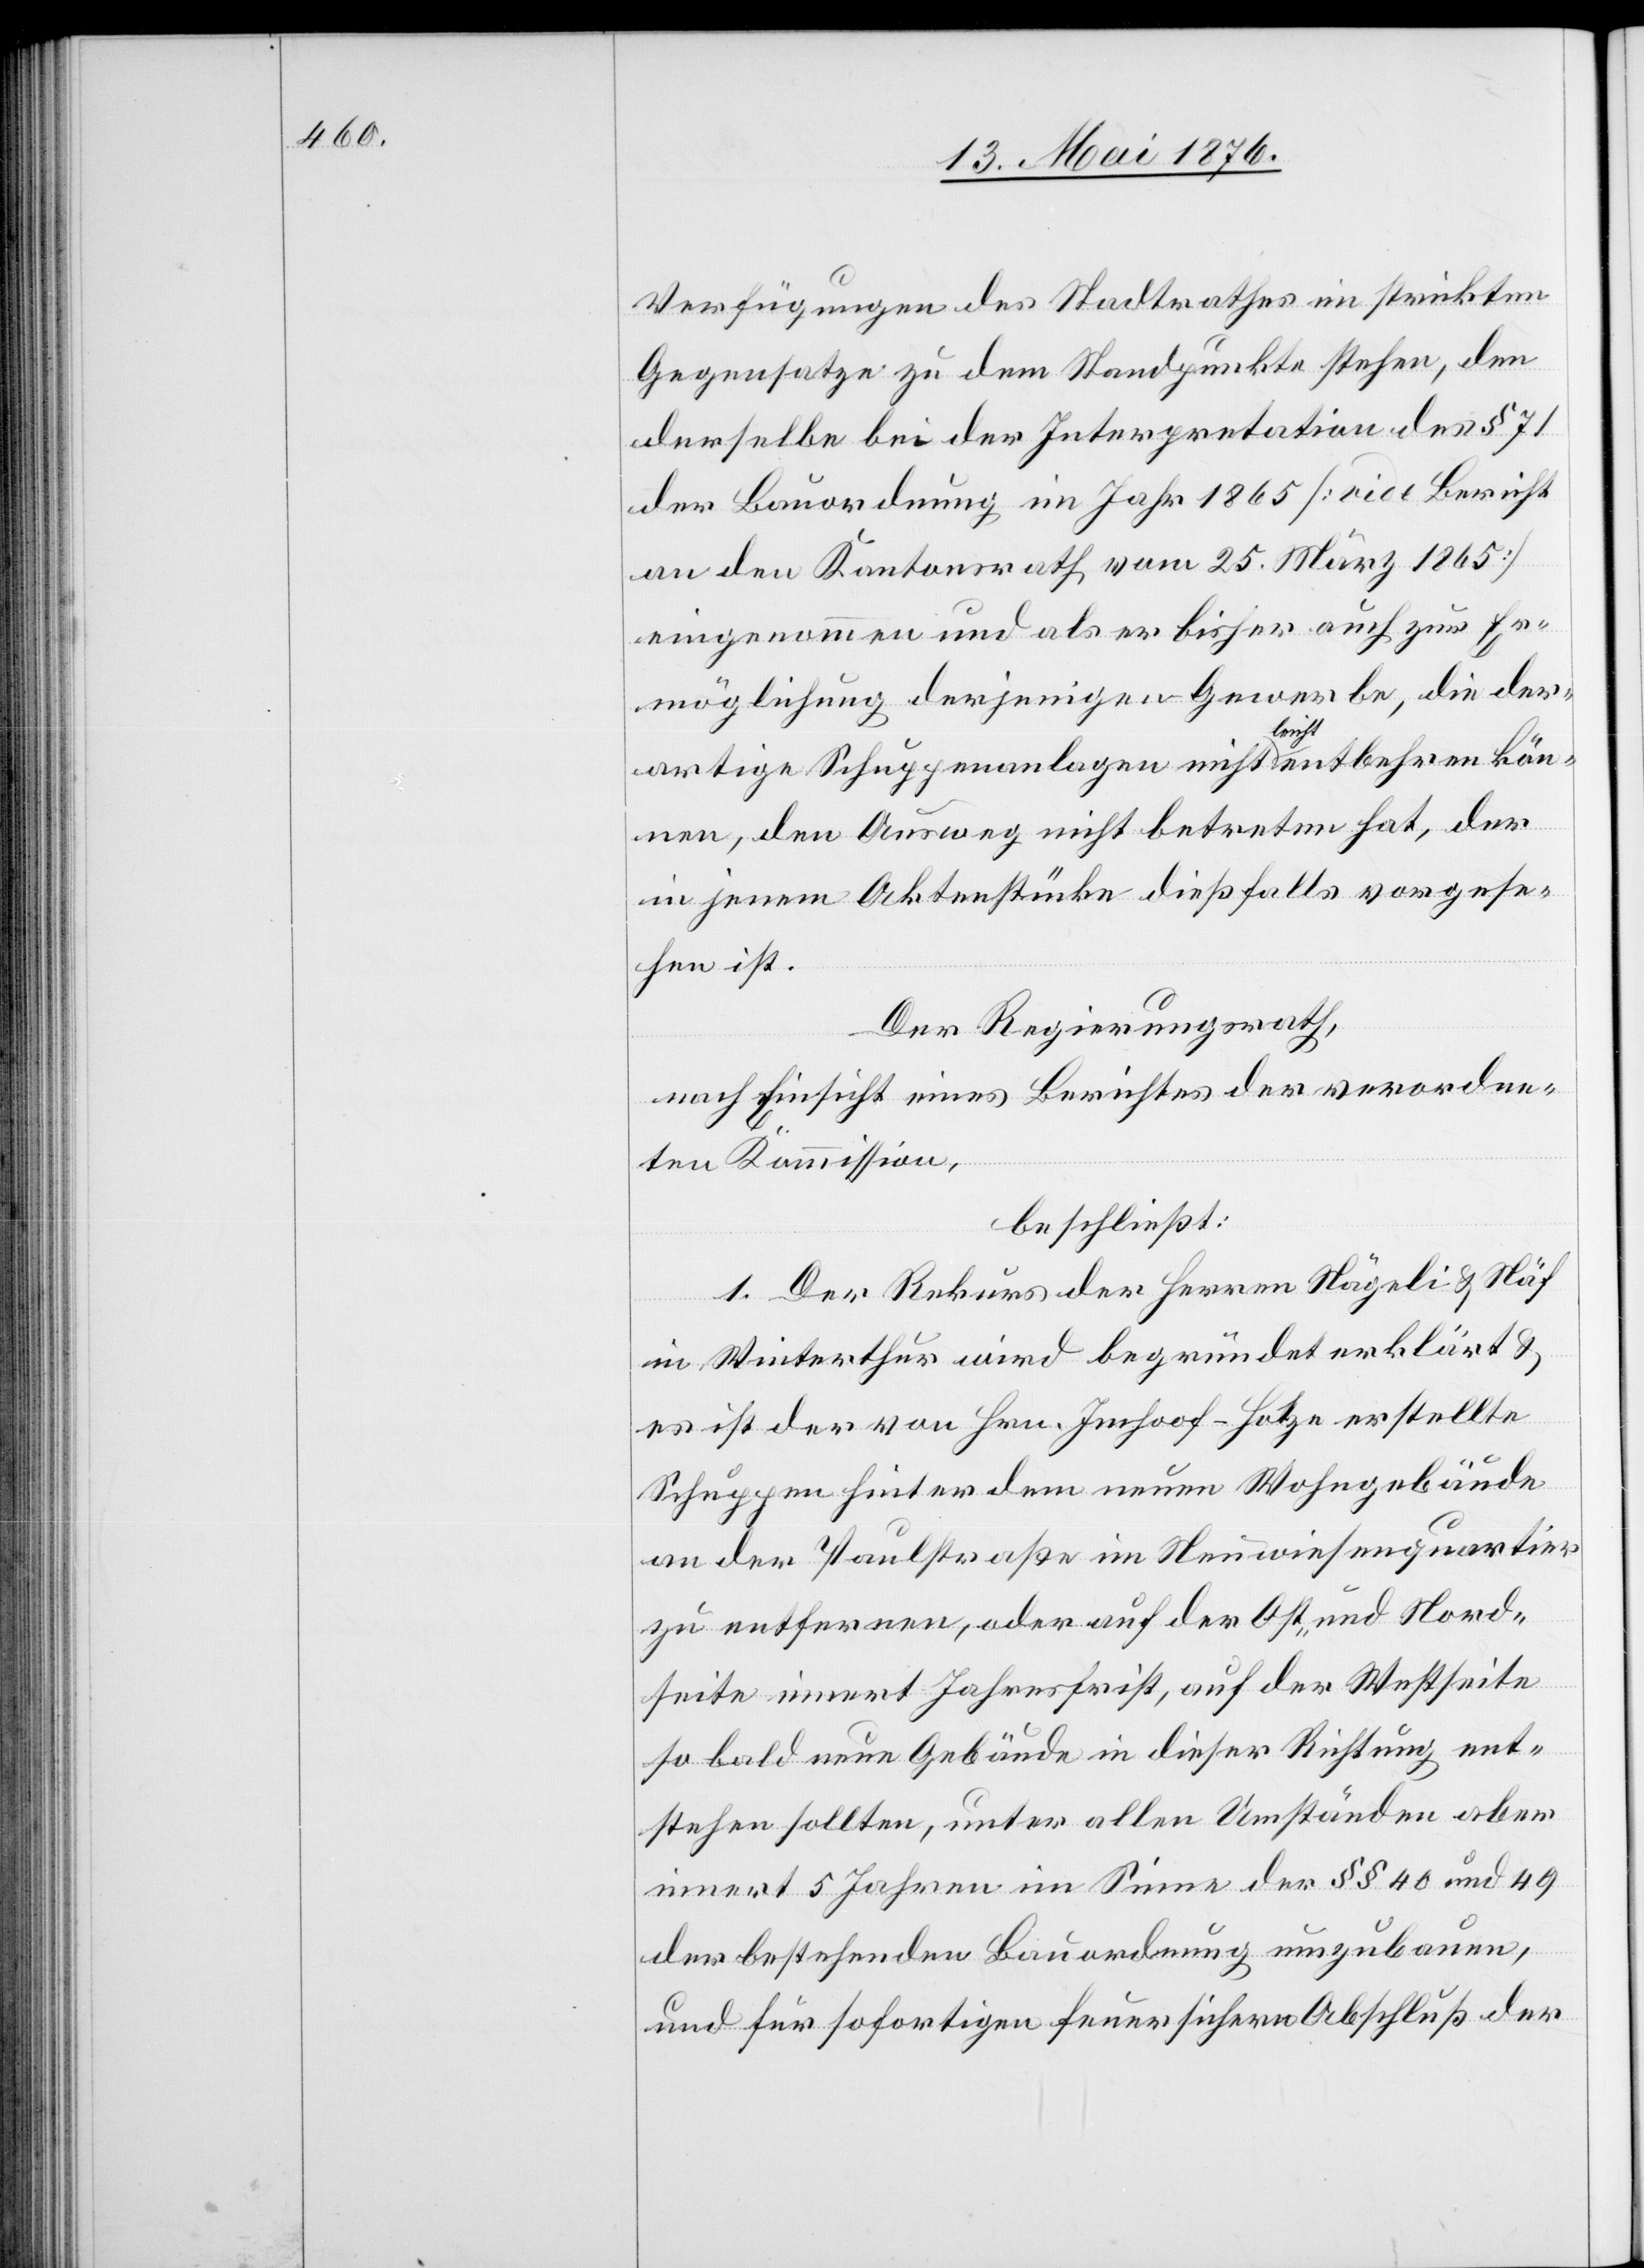
Verfügungen des Stadtrathes im strikten
Gegensatze zu dem Standpunkte stehen, den
derselbe bei der Interpretation des § 71
der Bauordnung im Jahr 1865 [vide Bericht
an den Kantonsrath vom 25. März 1865]
eingenommen und als er bisher auch zur Er¬
möglichung derjenigen Gewerbe, die der¬
artige Schuppenanlagen nicht leicht entbehren kön¬
nen, den Ausweg nicht betreten hat, der
in jenem Aktenstücke dießfalls vorgese¬
hen ist.
Der Regierungsrath,
nach Einsicht eines Berichtes der verordne¬
ten Kommission,
beschließt:
1. Der Rekurs der Herren Nägeli & Näf
in Winterthur wird begründet erklärt &
es ist der von Hrn. Imhoof-Hotze erstellte
Schuppen hinter dem neuen Wohngebäude
an der Paulstraße im Neuwiesenquartier
zu entfernen, oder auf der Ost- und Nord¬
seite innert Jahresfrist, auf der Westseite
so bald neue Gebäude in dieser Richtung ent¬
stehen sollten, unter allen Umständen aber
innert 5 Jahren im Sinne der §§ 40 und 49
der bestehenden Bauordnung umzubauen,
und für sofortigen feuersichern Abschluß der